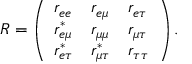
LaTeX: R = \left( \begin{array} { l l l } { { r _ { e e } } } & { { r _ { e \mu } } } & { { r _ { e \tau } } } \\ { { r _ { e \mu } ^ { * } } } & { { r _ { \mu \mu } } } & { { r _ { \mu \tau } } } \\ { { r _ { e \tau } ^ { * } } } & { { r _ { \mu \tau } ^ { * } } } & { { r _ { \tau \tau } } } \end{array} \right) .